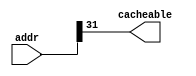
module cacheable_lut
(
    input [31:0]addr,
    output cacheable
);

assign cacheable=addr[31]==1;
endmodule